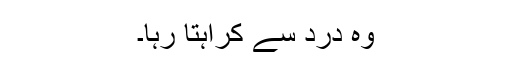
وہ درد سے کراہتا رہا۔